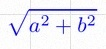
\sqrt{a^2+b^2}